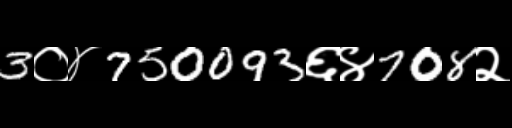
Text: 3०४750093६४708२